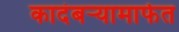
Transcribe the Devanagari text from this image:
कादंबऱ्यामार्फत